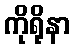
ကိုရိုနာ